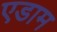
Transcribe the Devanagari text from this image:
एडाम